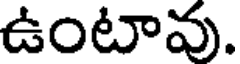
ఉంటావు.